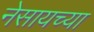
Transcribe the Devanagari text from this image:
नेसायच्या